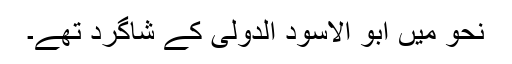
نحو میں ابو الاسود الدولی کے شاگرد تھے۔